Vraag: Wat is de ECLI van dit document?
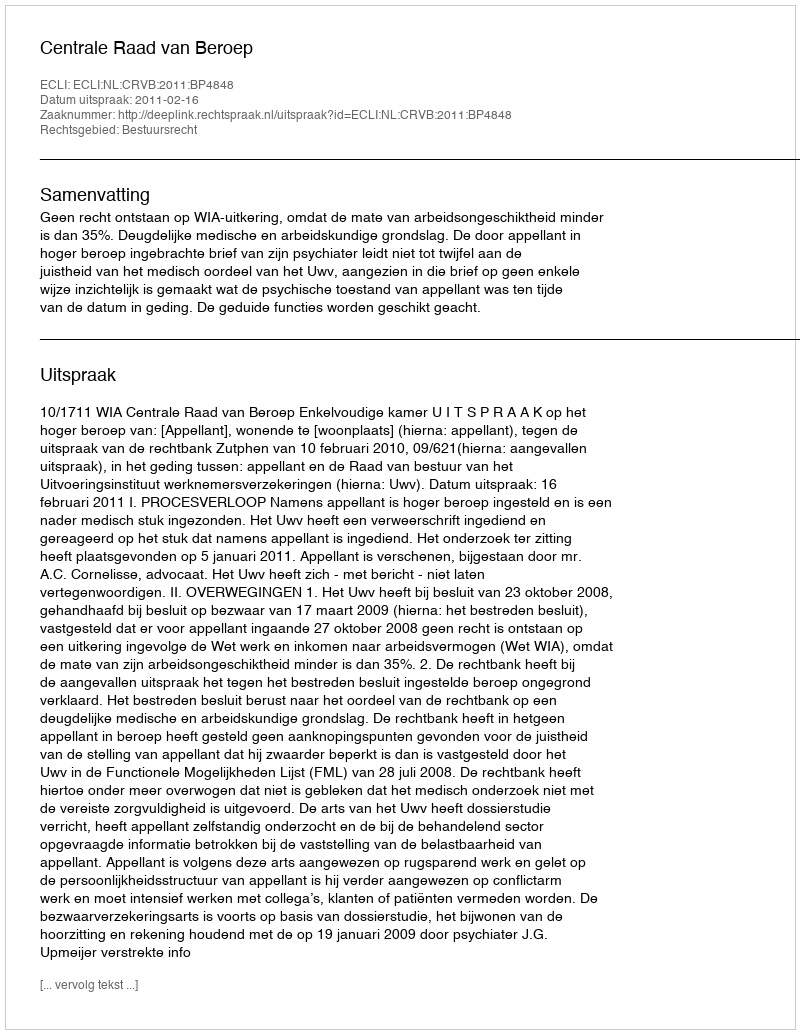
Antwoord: ECLI:NL:CRVB:2011:BP4848